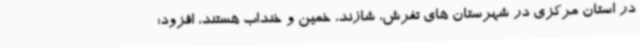
در استان مرکزی در شهرستان های تفرش، شازند، خمین و خنداب هستند، افزود: